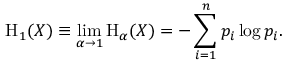
\mathrm { H } _ { 1 } ( X ) \equiv \operatorname* { l i m } _ { \alpha \to 1 } \mathrm { H } _ { \alpha } ( X ) = - \sum _ { i = 1 } ^ { n } p _ { i } \log p _ { i } .